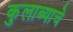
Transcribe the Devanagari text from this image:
कुलाब्याचे